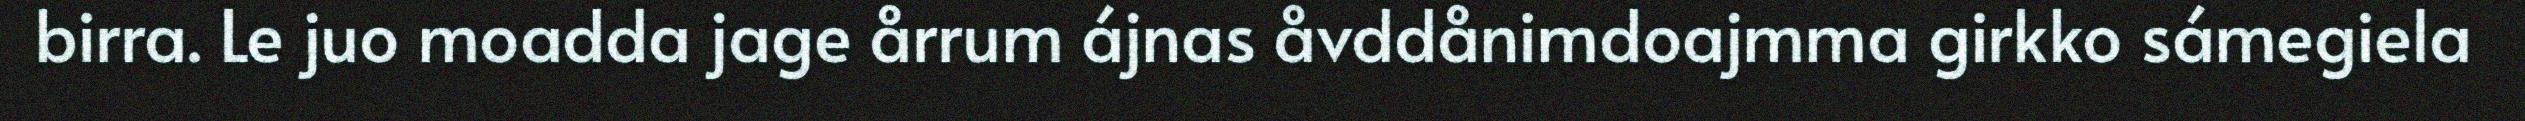
birra. Le juo moadda jage årrum ájnas åvddånimdoajmma girkko sámegiela